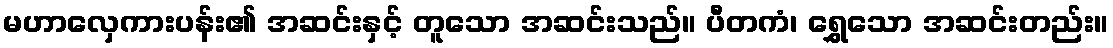
မဟာလှေကားပန်း၏ အဆင်းနှင့် တူသော အဆင်းသည်။ ပီတကံ၊ ရွှေသော အဆင်းတည်း။